Indian journal of veterinary science and animal husbandry - Volumes 22-23, 1952-1953
Year: 1952
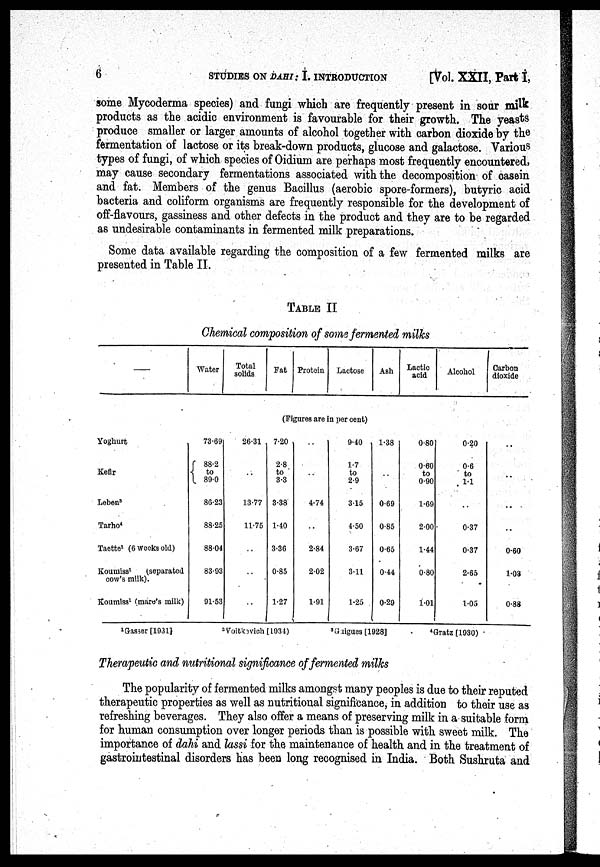
6
STUDIES ON DAHI: I. INTRODUCTION
[Vol. XXII, Part I,
some Mycoderma species) and fungi which are frequently present in sour milk
products as the acidic environment is favourable for their growth. The yeasts
produce smaller or larger amounts of alcohol together with carbon dioxide by the
fermentation of lactose or its break-down products, glucose and galactose. Various
types of fungi, of which species of Oidium are perhaps most frequently encountered,
may cause secondary fermentations associated with the decomposition of casein
and fat. Members of the genus Bacillus (aerobic spore-formers), butyric acid
bacteria and coliform organisms are frequently responsible for the development of
off-flavours, gassiness and other defects in the product and they are to be regarded
as undesirable contaminants in fermented milk preparations.
Some data available regarding the composition of a few fermented milks are
presented in Table II.
TABLE II
Chemical composition of some fermented milks
–––
Yoghurt
Kefir
Leben 3
Tarho 4
Taettce 1 (6 Weeks old)
Koumiss 1
(separated
cow's milk).
Koumiss 1 (mare's milk)
Water
73.69
88.2
to
89.0
86.23
88.25
88.04
83.93
91.53
Total
solids
26.31
. .
13.77
11.75
. .
. .
. .
Fat Protein
Lactose
(Figures are in per cent)
7.20
2.8
to
3.3
3.38
1.40
3.36
0.85
1.27
. .
. .
4.74
. .
2.84
2.02
1.91
9.40
1.7
to
2.9
3.15
4.50
3.67
3.11
1.25
Ash
1.38
. .
0.69
0.85
0.65
0.44
0.29
Lactic
acid
0.80
0.60
to
0.90
1.69
2.00
1.44
0.80
1.01
Alcohol
0.20
0.6
to
1.1
. .
0.37
0.37
2.65
1.05
Carbon
dioxide
. .
. .
. .
. .
0.60
1.03
0.88
1 Gasser [1931]
2 Voitkevich [1934]
3 Gaigues[1928]
4 Gratz [1930)
Therapeutic and nutritional significance of fermented milks
The popularity of fermented milks amongst many peoples is due to their reputed
therapeutic properties as well as nutritional significance, in addition to their use as
refreshing beverages. They also offer a means of preserving milk in a suitable form
for human consumption over longer periods than is possible with sweet milk. The
importance of dahi and lassi for the maintenance of health and in the treatment of
gastrointestinal disorders has been long recognised in India. Both Sushruta and